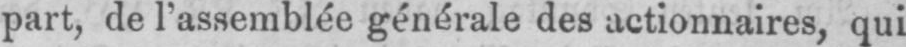
part, de l’assemblée générale des actionnaires, qui